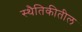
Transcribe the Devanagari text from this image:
स्थैतिकीतील